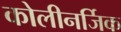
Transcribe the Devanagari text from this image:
कोलीनर्जिक